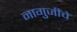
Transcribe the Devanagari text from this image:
नागुजींचे